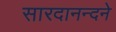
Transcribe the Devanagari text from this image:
सारदानन्दने